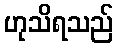
ဟုသိရသည်